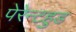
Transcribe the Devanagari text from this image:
पेरेन्टहुड